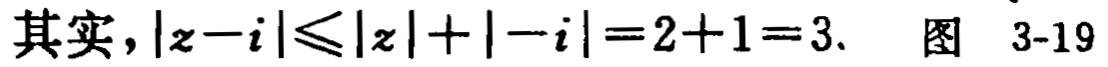
其实，\(\vert z - i\vert\leqslant\vert z\vert+\vert - i\vert = 2 + 1 = 3.\) 图 3-19